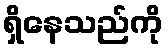
ရှိနေသည်ကို